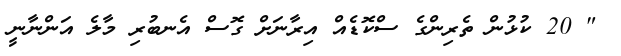
" 20 ކުޅުން ތެރިންގެ ސްކޮޑެއް އިރާނަށް ގޮސް އެނބުރި މާލެ އަންނާނީ